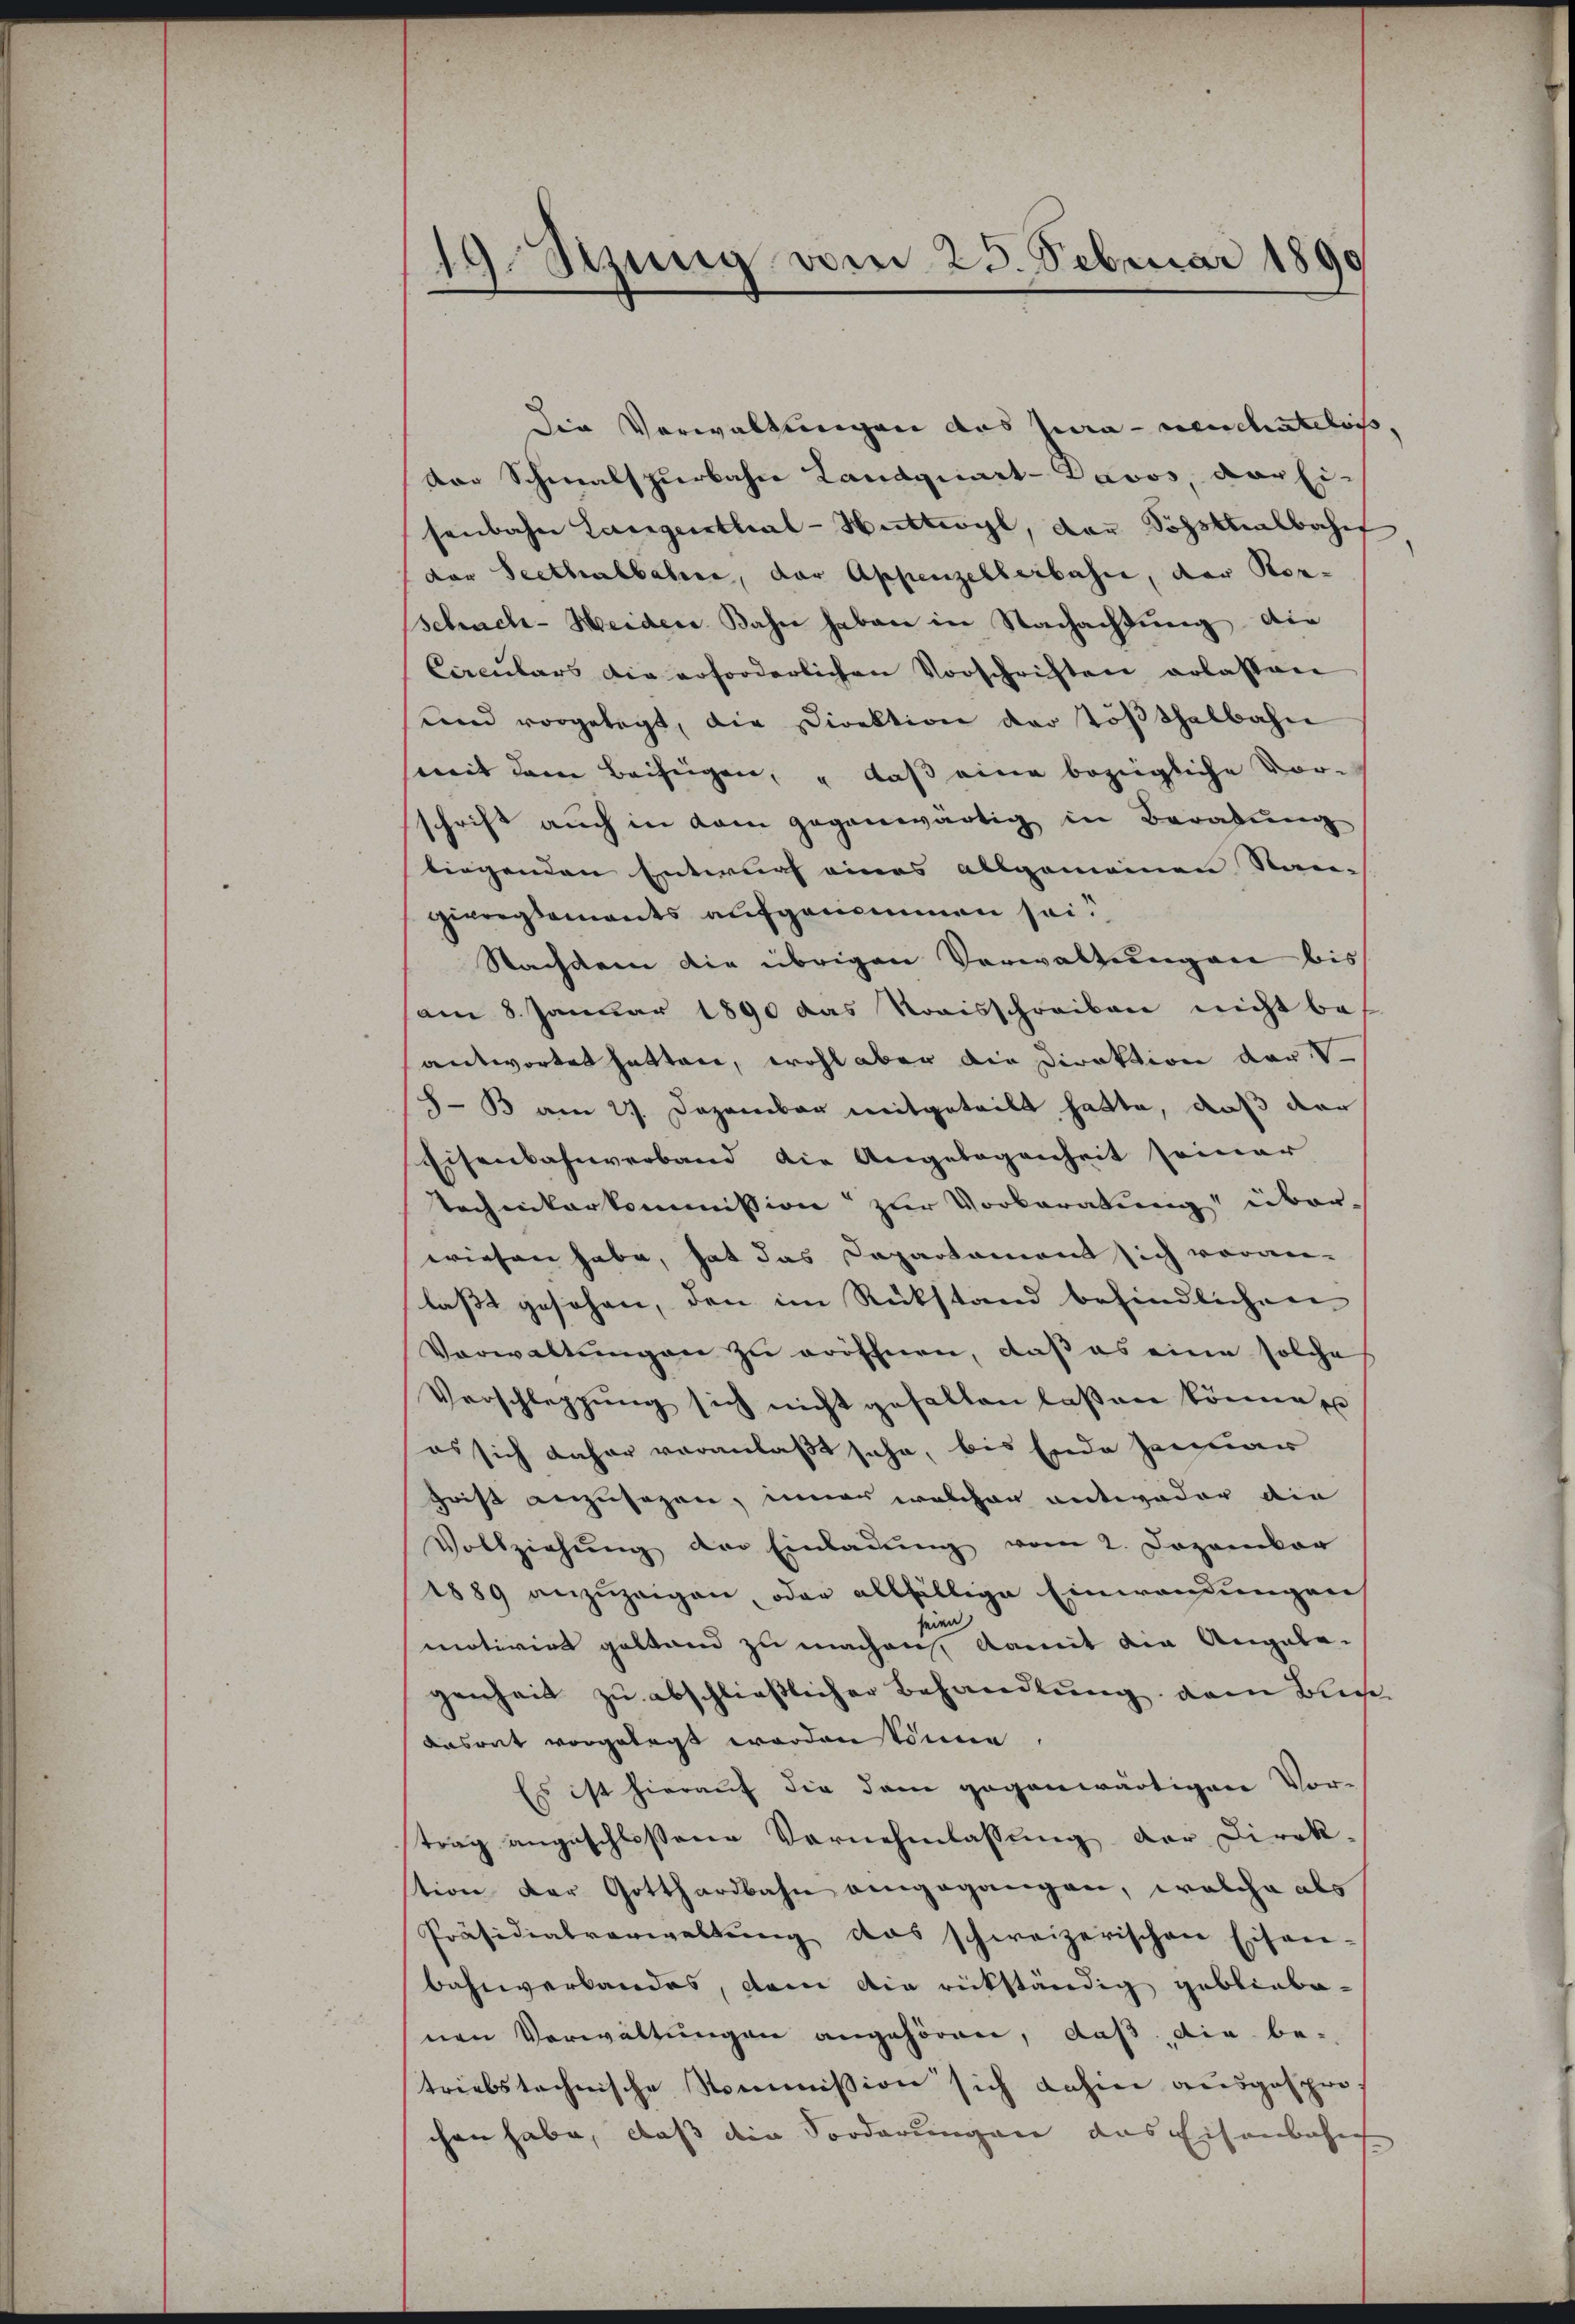
19. Stung vom 25. Februar 1890

Die Verwaltungen das Jura-neuchatelois,
Dor Schmalspurbahn Landquart-Davos, der Ei-
senbahn Langenthal-Huttwyl, das Sohsknalbahnf
der Seethalbahre, der Appenzellerbahn, der Kor-
schach-Heiden Bahn haben in Nachachtung. Die
Circulars die erforderlichen Vorschriften erlassen
und vorgelegt, die Direktion der Tößthalbahn
mit dem Beifügen, „daß eine bezügliche Vor-
schrift auch in dem gegenwärtig in Beratung
liegenden Entwurf eines allgemeinen Stan-
givregtements aufgenommen sei.
Nachdem die übrigen Verwaltungen bis
am 8. Januar 1890 das Kreisschreiben nicht beantwortet hatten, wohl aber die Direktion der V
SB am 27. Dezember mitgeteilt hatte, daß dar
Eisenbahnverband die Angelegenheit seiner
Technikerkommission zur Vorberatung überwiesen habe, hat das Capartament sich voran-
lasst gesehen, den im Rückstand befindlichen
Verwaltŭngen zu eröffnen, daß es eine solche
Verschleppung sich nicht gefallen laßen könne,
es sich daher veranlaßt sehe, bis Ende Januar
hrist anzusagen, inner welcher antweder die
Vollziehŭng der Einlaŭŭng vom 2. Dezember
1889 anzuzeigen, oder allfällige Einwendungen
seien
motivirt gestand zu machen, damit die Angabe-
genheit zu abschließlicher Behandlung, dem Buch
dasrat vorgelegt worden könne,
Es ist hierauf die dem gegenwärtigen Vor-
trag angeschlossene Vornehmlassung der Direk-
tion der Gotthardbahn eingegangen, welche als
Präsidialverwaltŭng das schweizerischen Eisen-
bahnverbandes, dem die rückständig gebliebenen Verwaltungen angehören, daß die be-
triebstechnische Nommission sich dahin ausgespro-
chen habe, daß die Forderungen das Eisenbahn